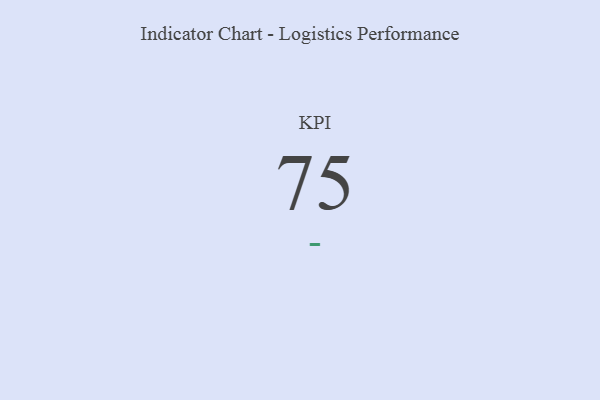
{"axis": {"x": "KPI", "y": "Value"}, "legend": [""], "data": [{"x": "KPI", "y": 75, "type": ""}]}